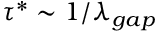
\tau ^ { * } \sim 1 / \lambda _ { g a p }